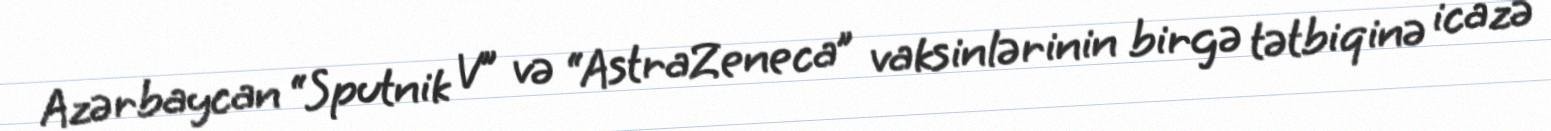
Azərbaycan “Sputnik V” və “AstraZeneca” vaksinlərinin birgə tətbiqinə icazə